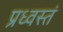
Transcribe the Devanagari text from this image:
प्रध्वस्तं